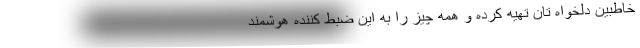
خاطبین دلخواه تان تهیه کرده و همه چیز را به این ضبط کننده هوشمند